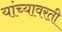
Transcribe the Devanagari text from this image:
यांच्यावरती